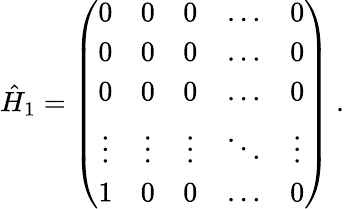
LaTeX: \hat{H}_{1}=\left(\begin{array}{ccccc}{0}&{0}&{0}&{\ldots}&{0}\\ {0}&{0}&{0}&{\ldots}&{0}\\ {0}&{0}&{0}&{\ldots}&{0}\\ {\vdots}&{\vdots}&{\vdots}&{\ddots}&{\vdots}\\ {1}&{0}&{0}&{\ldots}&{0}\end{array}\right)\ .